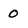
Character: 0